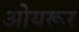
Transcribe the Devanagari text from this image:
ओयरूर